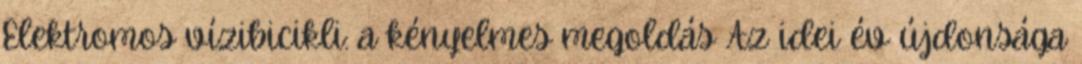
Elektromos vízibicikli: a kényelmes megoldás Az idei év újdonsága